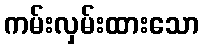
ကမ်းလှမ်းထားသော